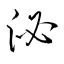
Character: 泌